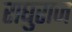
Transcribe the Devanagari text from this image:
राघुराज